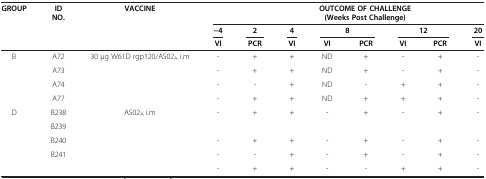
<table><thead><tr><td><b>GROUP</b></td><td><b>ID NO.</b></td><td><b>VACCINE</b></td><td colspan="8"><b>OUTCOME OF CHALLENGE(Weeks Post Challenge)</b></td><td><b> </b></td></tr><tr><td><b> </b></td><td><b> </b></td><td><b> </b></td><td><b>−4</b></td><td><b>2</b></td><td><b>4</b></td><td colspan="2"><b>8</b></td><td colspan="2"><b>12</b></td><td><b>20</b></td><td><b> </b></td></tr><tr><td><b> </b></td><td><b> </b></td><td><b> </b></td><td><b>VI</b></td><td><b>PCR</b></td><td><b>VI</b></td><td><b>VI</b></td><td><b>PCR</b></td><td><b>VI</b></td><td><b>PCR</b></td><td><b>VI</b></td><td><b> </b></td></tr></thead><tbody><tr><td>B</td><td>A72</td><td>30 μg W61D rgp120/AS02<sub>A</sub> i.m</td><td>-</td><td>+</td><td>+</td><td>ND</td><td>+</td><td>-</td><td>+</td><td>-</td><td> </td></tr><tr><td> </td><td>A73</td><td> </td><td>-</td><td>+</td><td>+</td><td>ND</td><td>+</td><td>-</td><td>+</td><td>-</td><td> </td></tr><tr><td> </td><td>A74</td><td> </td><td>-</td><td>-</td><td>+</td><td>ND</td><td>-</td><td>+</td><td>+</td><td>-</td><td> </td></tr><tr><td> </td><td>A77</td><td> </td><td>-</td><td>+</td><td>+</td><td>ND</td><td>+</td><td>+</td><td>+</td><td>-</td><td> </td></tr><tr><td>D</td><td>B238</td><td>AS02<sub>A</sub> i.m</td><td>-</td><td>+</td><td>+</td><td>-</td><td>+</td><td>-</td><td>+</td><td>-</td><td> </td></tr><tr><td> </td><td>B239</td><td> </td><td> </td><td> </td><td> </td><td> </td><td> </td><td> </td><td> </td><td> </td><td> </td></tr><tr><td> </td><td>B240</td><td> </td><td>-</td><td>+</td><td>+</td><td>-</td><td>+</td><td>-</td><td>+</td><td>-</td><td> </td></tr><tr><td> </td><td>B241</td><td> </td><td>-</td><td>-</td><td>+</td><td>-</td><td>+</td><td>-</td><td>+</td><td>-</td><td> </td></tr><tr><td> </td><td> </td><td> </td><td>-</td><td>+</td><td>+</td><td>-</td><td>-</td><td>+</td><td>+</td><td>-</td><td> </td></tr></tbody></table>